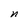
Character: n